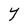
Character: Y